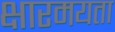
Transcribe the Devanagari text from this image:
क्षारमयता